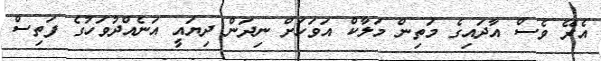
އެރޭ ވެސް އާދައިގެ މަތިން މަލާކް އަވަހަށް ނިދަން ދިޔައީ އަނެއްދުވަހުގެ ފަތިސް